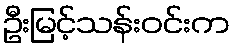
ဦးမြင့်သန်းဝင်းက